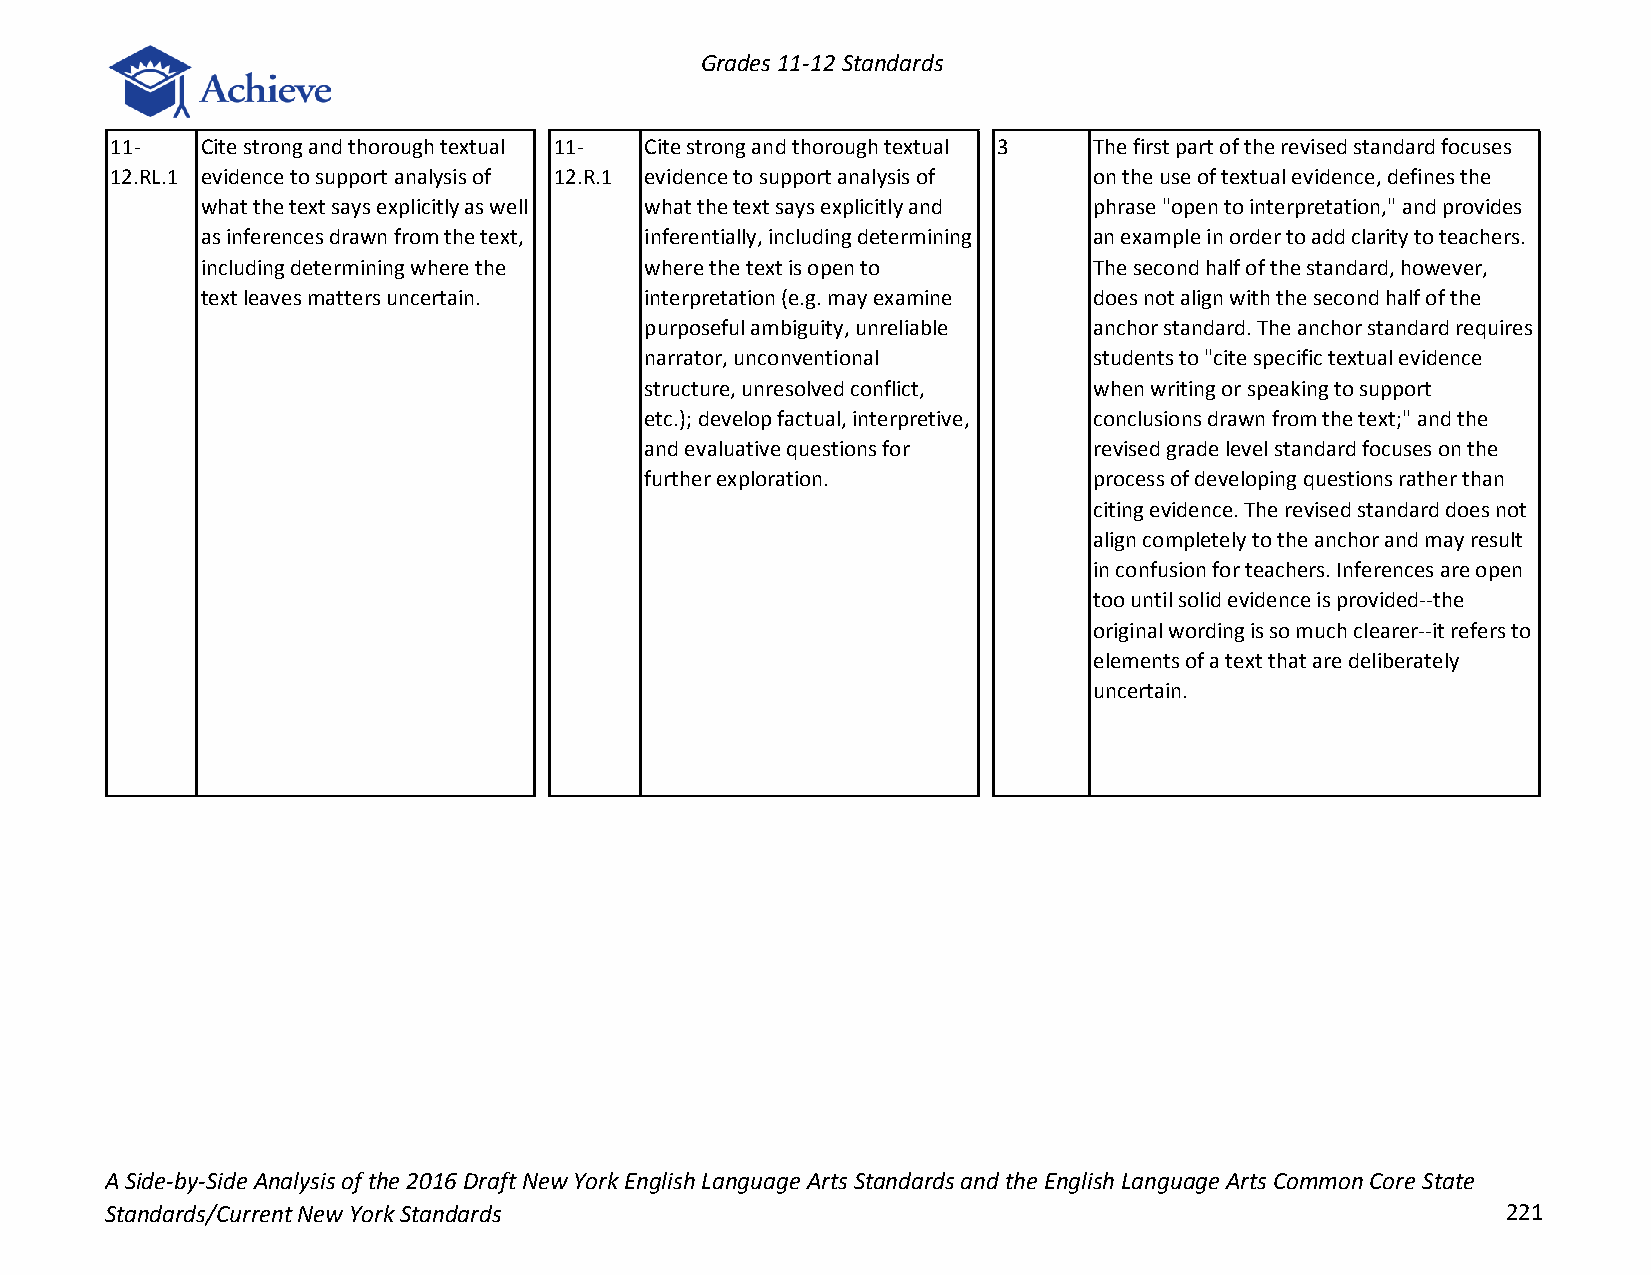
Grades 11-12 Standards
 11-   Cite strong and thorough textual 11- Cite strong and thorough textual 3 The first part of the revised standard focuses
 12.RL.1 evidence to support analysis of 12.R.1 evidence to support analysis of on the use of textual evidence, defines the
 what the text says explicitly as well what the text says explicitly and phrase "open to interpretation," and provides
 as inferences drawn from the text, inferentially, including determining an example in order to add clarity to teachers.
 including determining where the where the text is open to  The second half of the standard, however,
 text leaves matters uncertain. interpretation (e.g. may examine does not align with the second half of the
 purposeful ambiguity, unreliable anchor standard. The anchor standard requires
 narrator, unconventional     students to "cite specific textual evidence
 structure, unresolved conflict, when writing or speaking to support
 etc.); develop factual, interpretive, conclusions drawn from the text;" and the
 and evaluative questions for revised grade level standard focuses on the
 further exploration.         process of developing questions rather than
 citing evidence. The revised standard does not
 align completely to the anchor and may result
 in confusion for teachers. Inferences are open
 too until solid evidence is provided--the
 original wording is so much clearer--it refers to
 elements of a text that are deliberately
 uncertain.
 A Side-by-Side Analysis of the 2016 Draft New York English Language Arts Standards and the English Language Arts Common Core State
 Standards/Current New York Standards                                                         221